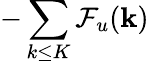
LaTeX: -\sum_{k\le K}\mathcal{F}_{u}({\mathbf k})